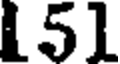
151